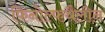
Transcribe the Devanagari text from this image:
फिनोल्फथैलीन